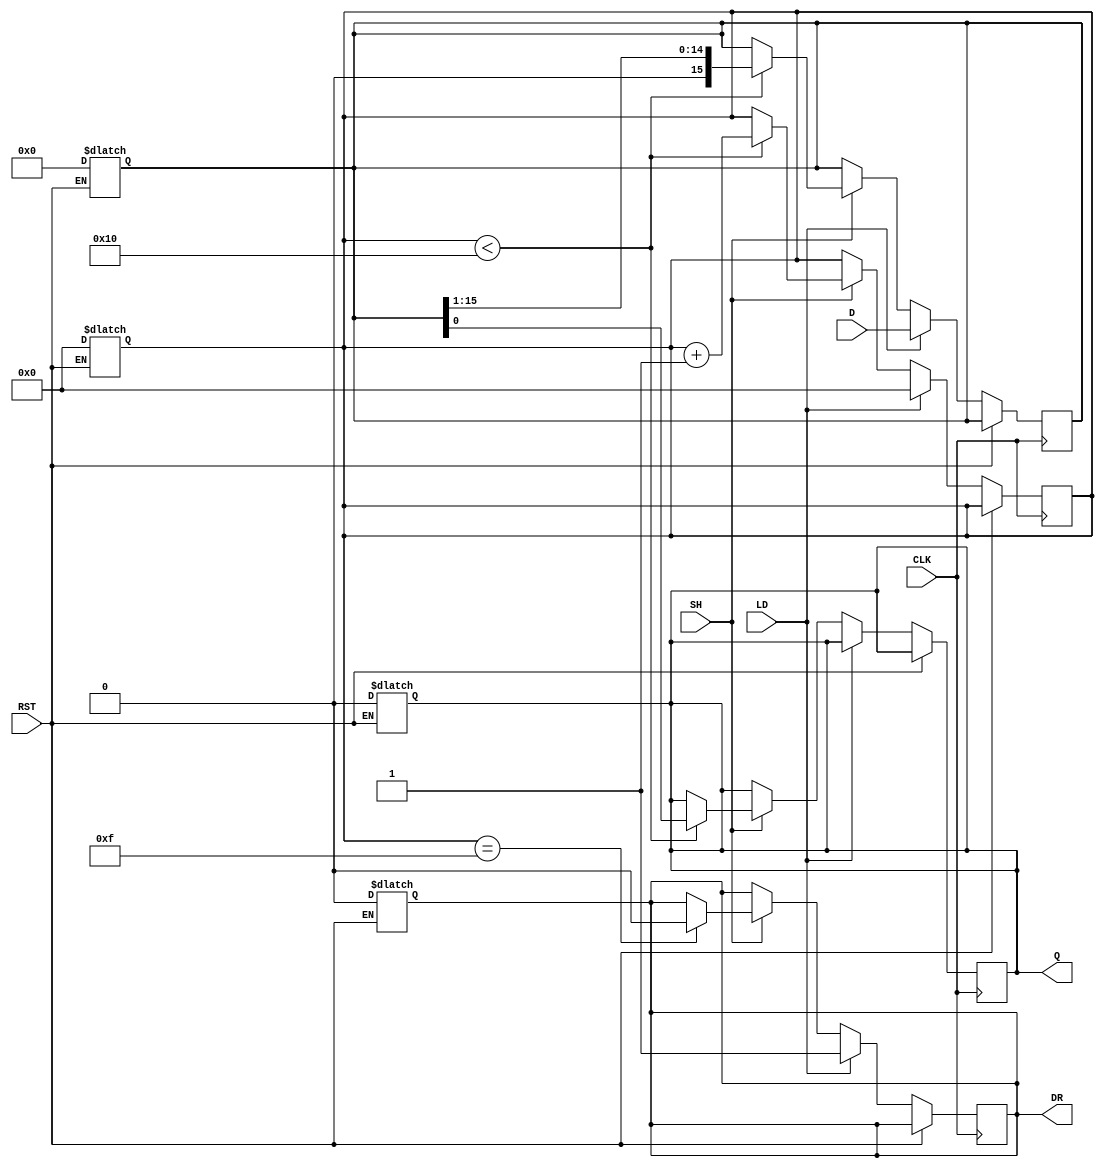
module PISO_Register (
    input  wire [15:0] D,     // 16-bit parallel data input
    input  wire LD,           // Load control signal
    input  wire SH,           // Shift control signal
    input  wire CLK,          // Clock signal
    input  wire RST,          // Asynchronous reset signal
    output reg  Q,            // Serial output
    output reg  DR            // Data Ready signal
);

    reg [15:0] shift_reg;     // 16-bit shift register
    reg [4:0] shift_count;    // Count of shifts performed

    // Asynchronous reset
    always @(*) begin
        if (RST) begin
            shift_reg <= 16'b0; // Clear shift register
            Q <= 1'b0;
            DR <= 1'b0;         // Data Ready not valid
            shift_count <= 5'b0; // Reset shift count
        end
    end

    // Main logic for loading and shifting
    always @(posedge CLK or posedge RST) begin
        if (RST) begin
            // Reset conditions handled above
        end else begin
            if (LD) begin
                // Load parallel data into shift register
                shift_reg <= D;
                shift_count <= 5'b0; // Reset shift count
                DR <= 1'b1;           // Data is ready
            end else if (SH) begin
                if (shift_count < 16) begin
                    // Shift operation: output LSB to Q
                    Q <= shift_reg[0]; // Output the LSB to Q
                    shift_reg <= shift_reg >> 1; // Shift right
                    shift_count <= shift_count + 1; // Increment shift count
                end
                // Once all bits are shifted out, clear Data Ready signal
                if (shift_count == 15) begin
                    DR <= 1'b0; // Not ready after all bits are shifted
                end
            end
        end
    end
    
endmodule